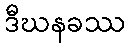
ဒီဃနခဿ